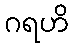
ဂရဟိ